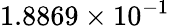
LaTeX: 1.8869\times 10^{-1}